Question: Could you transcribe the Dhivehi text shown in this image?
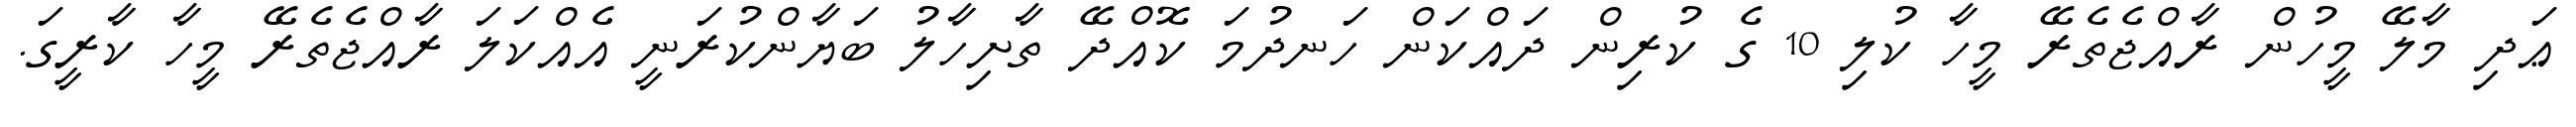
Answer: ޢަދި މާލޭ މީހުން ރާއްޖެތެރޭ މީހާ ކުލި 10 ގެ ކުރިން ދައްކަން ހަނދުމަ ކޮއްދޭ ތާށިހާލު ބަޔާންކުރަނީ އެއްކަލަ ރާއްޖެތެރޭ މީހާ ކާރީގަ.